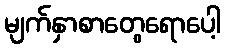
မျက်နှာစာတွေရောပေါ့